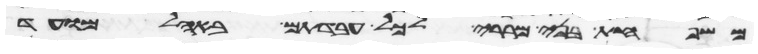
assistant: משפחת בני מררי לכל עבדתם באהל מועד